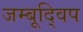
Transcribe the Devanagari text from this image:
जम्बूद्विप